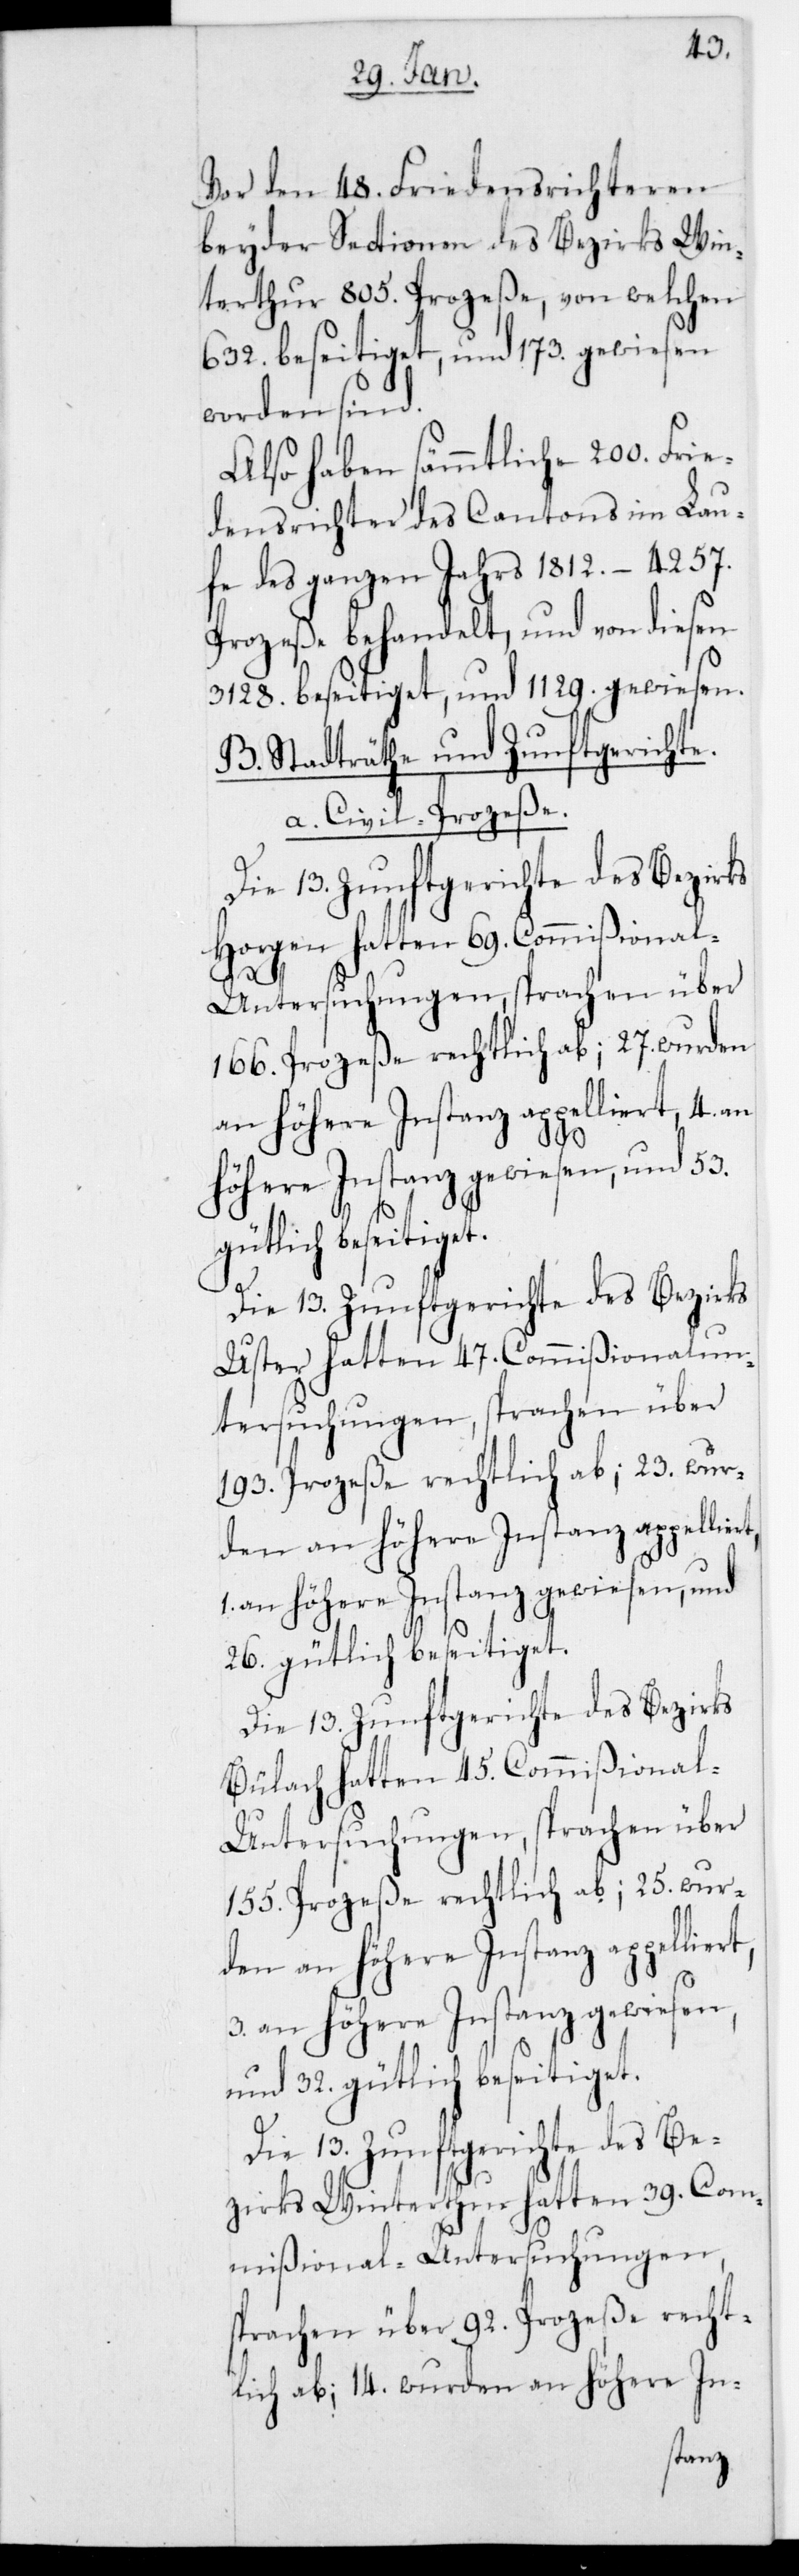
rt,
Vor den 48. Friedensrichteren
beyder Sectionen des Bezirks Win¬
terthur 805. Prozeße, von welchen
632. beseitiget und 173. gewiesen
worden sind.
Also haben sämmtliche 200. Frie¬
densrichter des Cantons im Lau¬
fe des ganzen Jahrs 1812. – 4257.
Prozeße behandelt, und von diesen
3128. beseitiget und 1129. gewiesen.
B. Stadträthe und Zunftgerichte.
a. Civil-Prozeße.
Die 13 Zunftgerichte des Bezirks
Horgen hatten 69. Commißiona¬
l-Untersuchungen, sprachen über
166. Prozeße rechtlich ab; 27. wurden
an höhere Instanz appelliert, 4 an
höhere Instanz gewiesen und 53.
gütlich beseitiget.
Uster hatten 47 Commißionalun¬
tersuchungen, sprachen über
193. Prozeße rechtlich ab; 23. wur¬
den an höhere Instanz appellie¬
Die 13. Zunftgerichte des Bezirks
Bülach hatten 45. Commißiona¬
l-Untersuchungen, sprachen über
155. Prozeße rechtlich ab; 25. wur¬
3 an höhere Instanz gewiesen
und 32. gütlich beseitiget.
Die 13. Zunftgerichte des Be¬
zirks Winterthur hatten 39. Com¬
mißional-Untersuchungen,
sprachen über 92. Prozeße recht¬
lich ab; 14. wurden an höhere In-